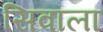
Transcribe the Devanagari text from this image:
सिवाला